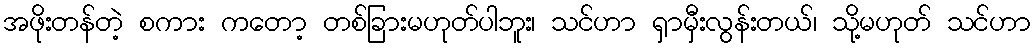
အဖိုးတန်တဲ့ စကား ကတော့ တစ်ခြားမဟုတ်ပါဘူး၊ သင်ဟာ ရှာမှီးလွန်းတယ်၊ သို့မဟုတ် သင်ဟာ